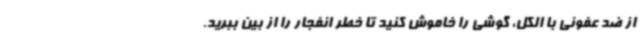
از ضد عفونی با الکل، گوشی را خاموش کنید تا خطر انفجار را از بین ببرید.